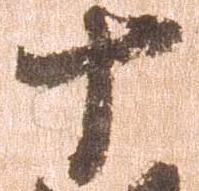
十